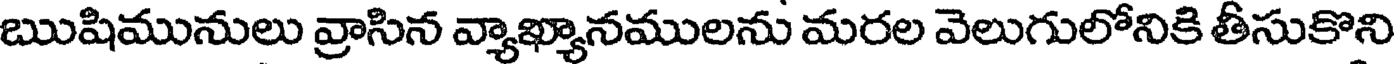
ఋషిమునులు వ్రాసిన వ్యాఖ్యానములను మరల వెలుగులోనికి తీసుకొని